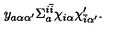
y _ { a \alpha \alpha ^ { \prime } } \Sigma _ { a } ^ { i { \bar { i } } } \chi _ { i \alpha } \chi _ { { \bar { i } } \alpha ^ { \prime } } ^ { \prime } .